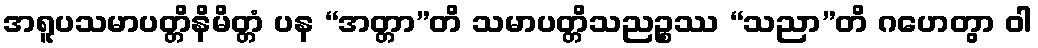
အရူပသမာပတ္တိနိမိတ္တံ ပန “အတ္တာ”တိ သမာပတ္တိသညဉ္စဿ “သညာ”တိ ဂဟေတွာ ဝါ